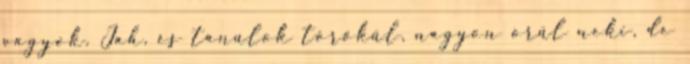
vagyok. Jah, és tanulok törökűl, nagyon örűl neki, de